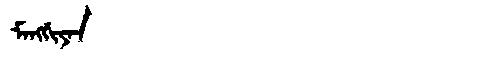
Manchu: ᠮᠠᠩᡤᡳᠶᠠᠨ
Romanization: MANGGIYAN